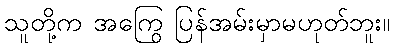
သူတို့က အကြွေ ပြန်အမ်းမှာမဟုတ်ဘူး။